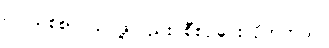
ပြင်သစ်စာ သင်ဖို့လည်း စီစဉ်ပေးလိုက်တယ်။